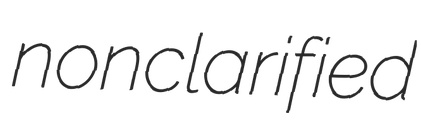
nonclarified